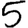
Digit: 5